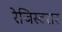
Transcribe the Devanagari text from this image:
रेजिस्टरार